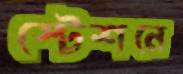
স্টেশনে